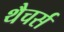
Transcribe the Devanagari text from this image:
थैचर्स